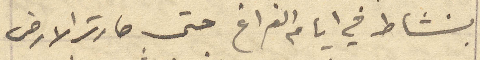
بنشاط في أيام الفراغ حتى صارت الأرض